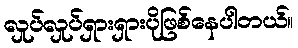
လှုပ်လှုပ်ရှားရှားပိုဖြစ်နေပါတယ်။